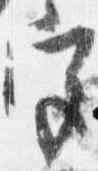
宮